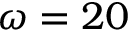
\omega = 2 0